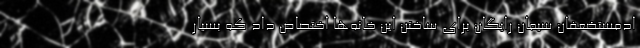
ادمستضعفان سیمان رایگان برای ساختن این خانه‌ها اختصاص داد که بسیار